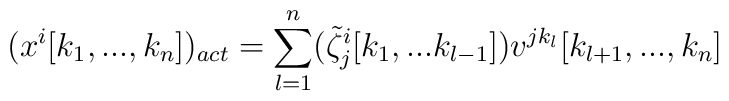
(x^{i}[k_{1},...,k_{n}])_{act}=\sum_{l=1}^{n}(\tilde{\zeta}^{i}_{j}[k_{1},...k_{l-1}])v^{jk_{l}} [k_{l+1},...,k_{n}]